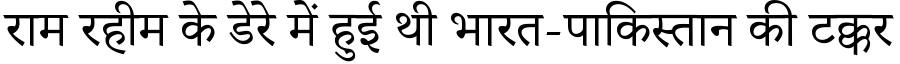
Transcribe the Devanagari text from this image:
राम रहीम के डेरे में हुई थी भारत-पाकिस्तान की टक्कर